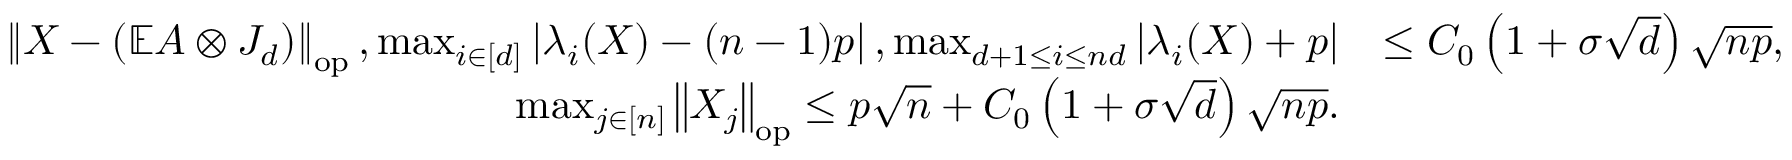
\begin{array} { r l } { \left\| { X - ( \mathbb { E } A \otimes J _ { d } ) } \right\| _ { \mathrm { o p } } , \operatorname* { m a x } _ { i \in [ d ] } \left| \lambda _ { i } ( X ) - ( n - 1 ) p \right| , \operatorname* { m a x } _ { d + 1 \leq i \leq n d } \left| \lambda _ { i } ( X ) + p \right| } & { \leq C _ { 0 } \left( 1 + \sigma \sqrt { d } \right) \sqrt { n p } , } \\ { \operatorname* { m a x } _ { j \in [ n ] } \left\| { X _ { j } } \right\| _ { \mathrm { o p } } \leq p \sqrt { n } + C _ { 0 } \left( 1 + \sigma \sqrt { d } \right) \sqrt { n p } . } \end{array}